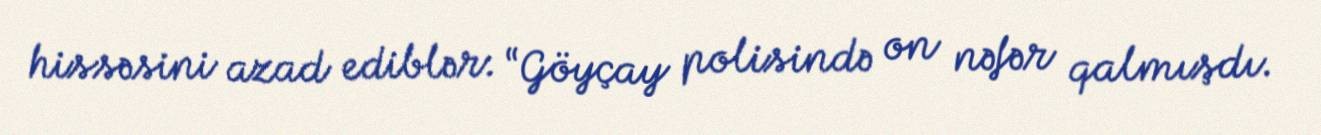
hissəsini azad ediblər: “Göyçay polisində on nəfər qalmışdı.